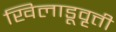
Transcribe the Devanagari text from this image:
खिलाडूवृत्ती